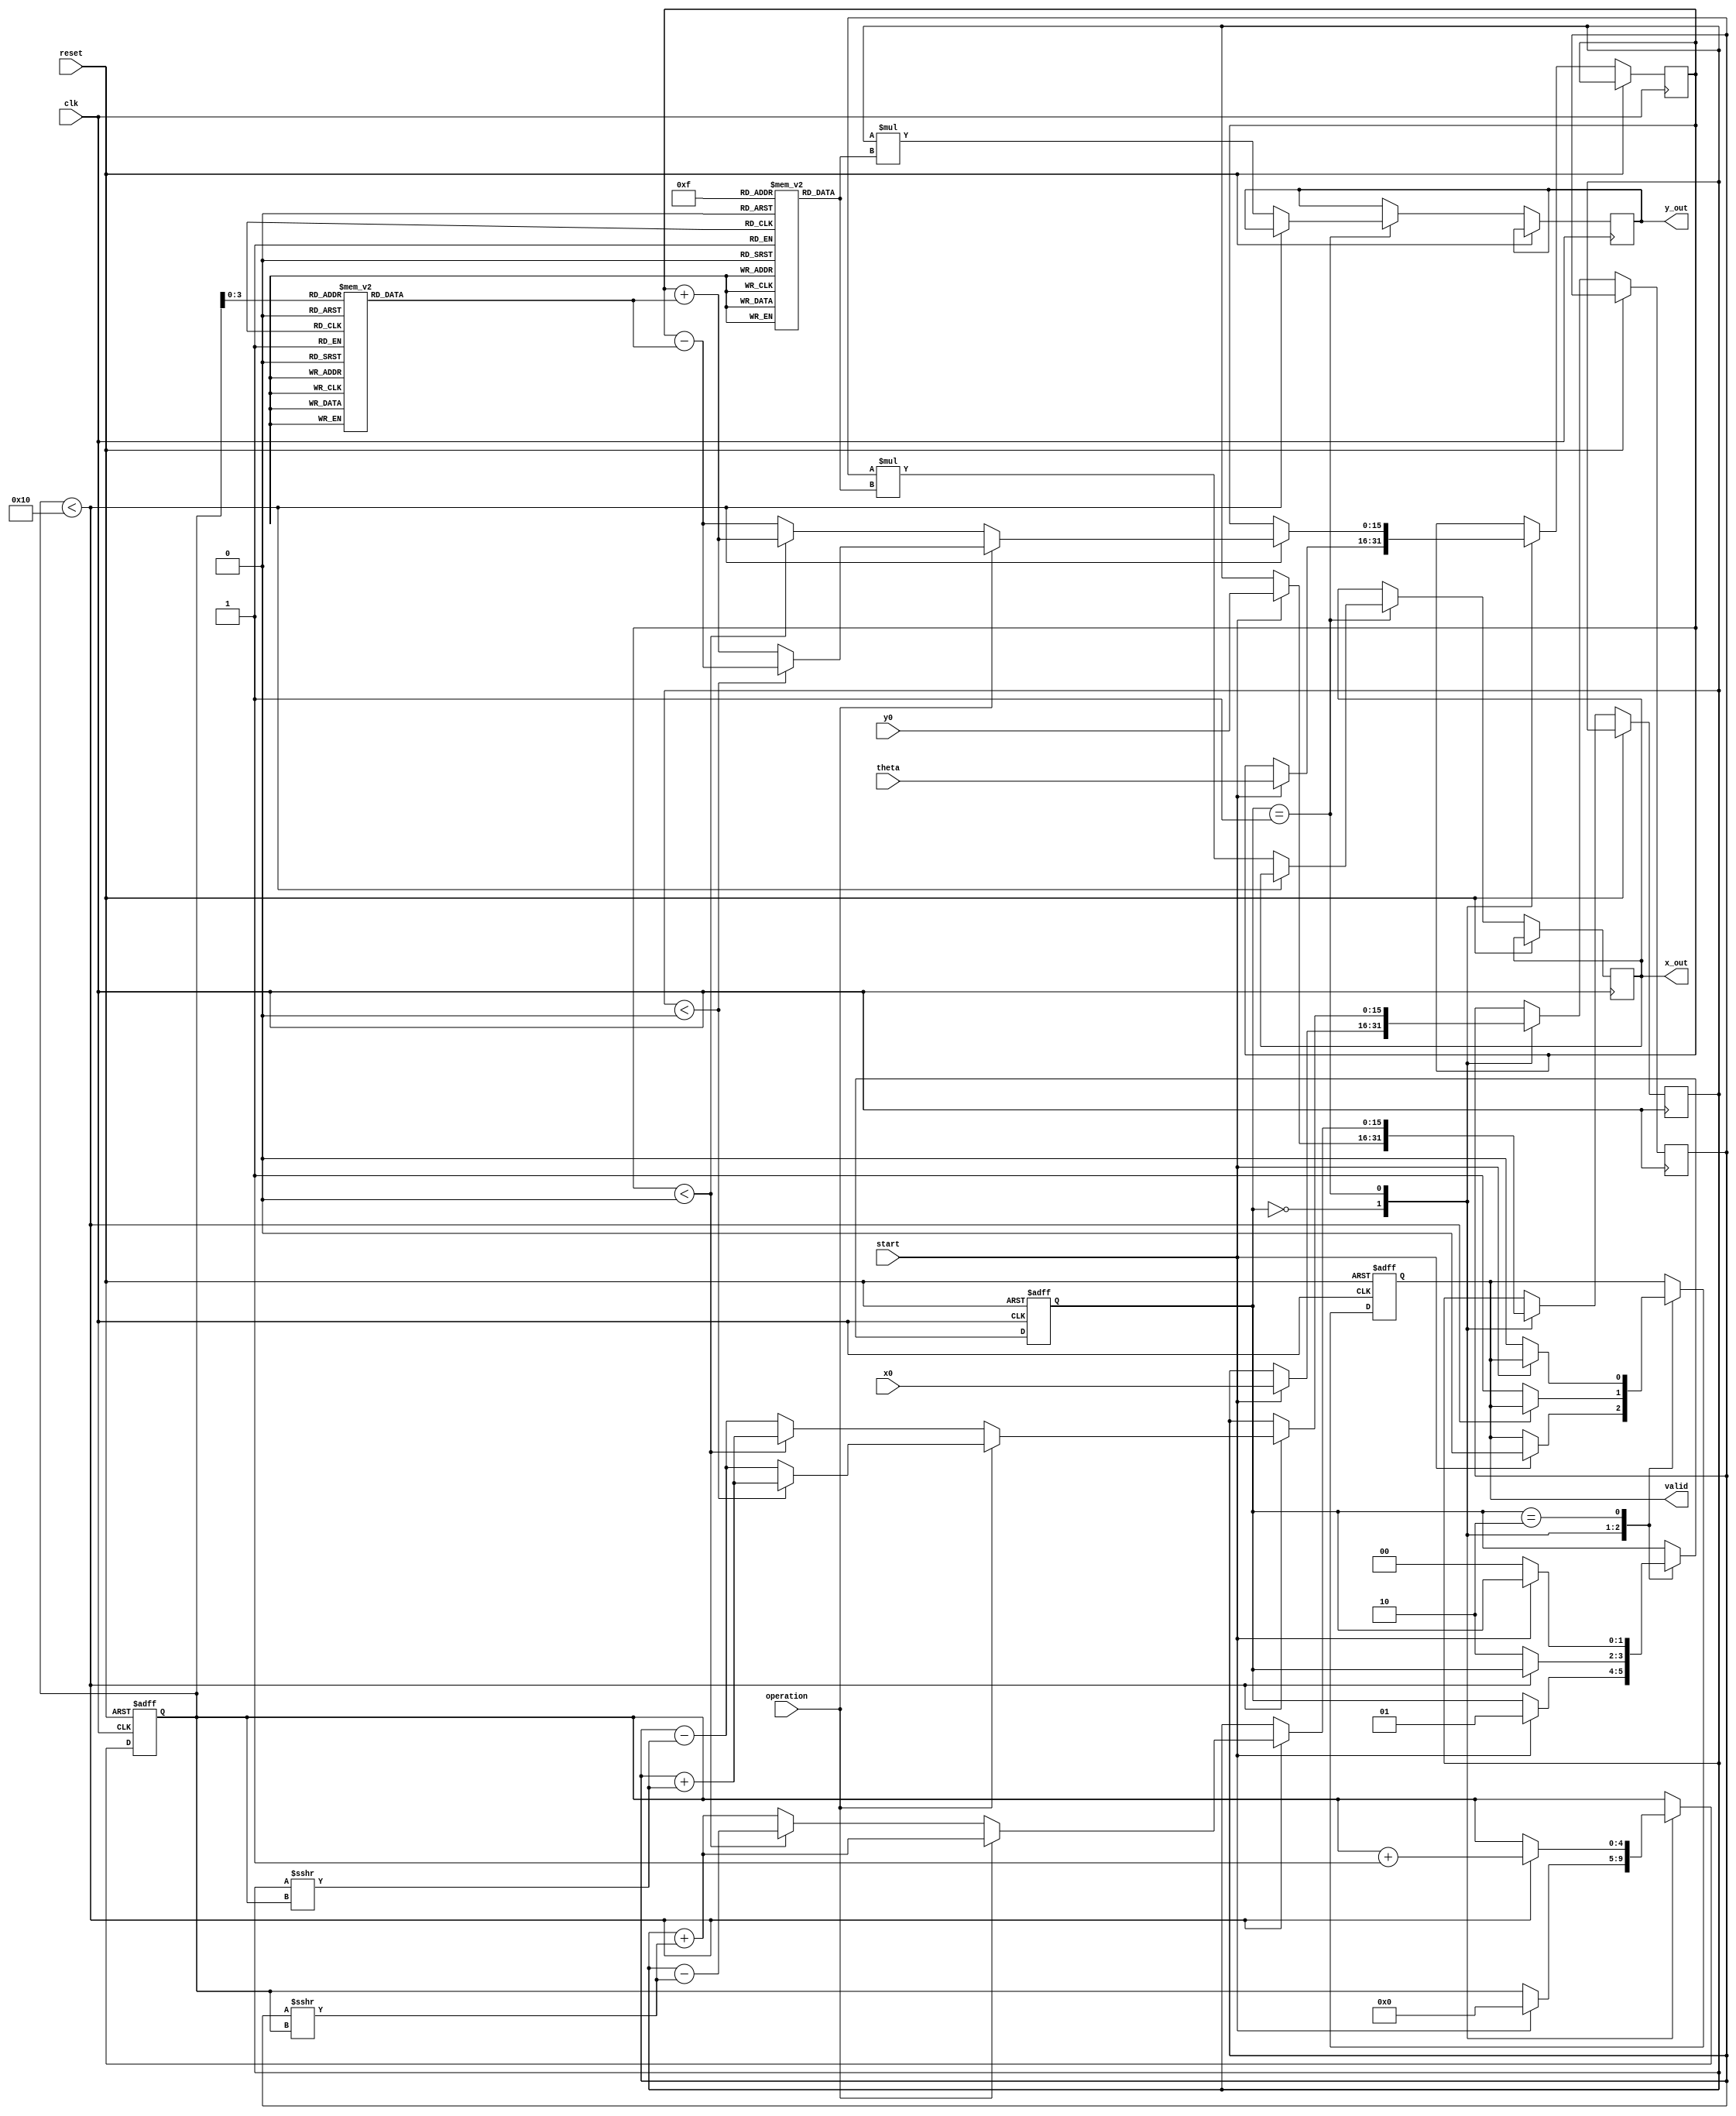
module cordic #(
    parameter WIDTH = 16,         // Fixed-point width
    parameter ITERATIONS = 16     // Number of CORDIC iterations
)(
    input wire clk,
    input wire reset,
    input wire start,
    input wire [WIDTH-1:0] theta,  // Input angle
    input wire [WIDTH-1:0] x0,      // Initial x vector
    input wire [WIDTH-1:0] y0,      // Initial y vector
    input wire operation,            // 0: rotation, 1: vectoring
    output reg [WIDTH-1:0] x_out,   // Output x coordinate
    output reg [WIDTH-1:0] y_out,   // Output y coordinate
    output reg valid                 // Output validity signal
);

    // Lookup Tables for arctan and gain values
    reg [WIDTH-1:0] atan_lut [0:ITERATIONS-1];
    reg [WIDTH-1:0] gain_lut [0:ITERATIONS-1];

    // State Registers
    reg [WIDTH-1:0] x_reg, y_reg, theta_reg;
    reg [4:0] n;                     // Iteration index
    reg [1:0] state;                 // FSM state

    // State Machine Encoding
    localparam IDLE        = 2'b00;
    localparam COMPUTE     = 2'b01;
    localparam DONE        = 2'b10;

    // Initialize Look-up Tables (LUTs)
    initial begin
        // Populate atan_lut and gain_lut with appropriate values
        // Example values for atan(2^(-n)) and gain for n = 0 to ITERATIONS-1
        atan_lut[0] = 16'h0000; // atan(1) = 0
        atan_lut[1] = 16'h2000; // atan(1/2) = /4
        atan_lut[2] = 16'h3000; // atan(1/4) = /8
        // Further values should be populated accordingly...

        gain_lut[0] = 16'h0001; // Gain for n=0
        gain_lut[1] = 16'h1C71; // Gain for n=1
        gain_lut[2] = 16'h1A8D; // Gain for n=2
        // Further values should be populated accordingly...
    end

    // Control Logic
    always @(posedge clk or posedge reset) begin
        if (reset) begin
            state <= IDLE;
            n <= 0;
            valid <= 0;
        end else begin
            case (state)
                IDLE: begin
                    if (start) begin
                        x_reg <= x0;
                        y_reg <= y0;
                        theta_reg <= theta;
                        n <= 0;
                        valid <= 0;
                        state <= COMPUTE;
                    end
                end
                COMPUTE: begin
                    if (n < ITERATIONS) begin
                        // CORDIC Iteration Logic
                        if (operation == 0) begin // Rotation
                            if (theta_reg < 0) begin
                                x_reg <= x_reg + (y_reg >>> n);
                                y_reg <= y_reg - (x_reg >>> n);
                                theta_reg <= theta_reg + atan_lut[n];
                            end else begin
                                x_reg <= x_reg - (y_reg >>> n);
                                y_reg <= y_reg + (x_reg >>> n);
                                theta_reg <= theta_reg - atan_lut[n];
                            end
                        end else begin // Vectoring
                            if (y_reg < 0) begin
                                x_reg <= x_reg + (y_reg >>> n);
                                y_reg <= y_reg + (x_reg >>> n);
                                theta_reg <= theta_reg - atan_lut[n];
                            end else begin
                                x_reg <= x_reg - (y_reg >>> n);
                                y_reg <= y_reg + (x_reg >>> n);
                                theta_reg <= theta_reg + atan_lut[n];
                            end
                        end
                        n <= n + 1;
                    end else begin
                        x_out <= x_reg * gain_lut[ITERATIONS-1];
                        y_out <= y_reg * gain_lut[ITERATIONS-1];
                        valid <= 1;
                        state <= DONE;
                    end
                end
                DONE: begin
                    // Wait for reset
                    if (!start) begin
                        state <= IDLE;
                        valid <= 0;
                    end
                end
            endcase
        end
    end

endmodule